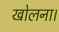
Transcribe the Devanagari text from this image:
खोलना।